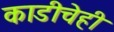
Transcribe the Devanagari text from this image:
काडीचेही